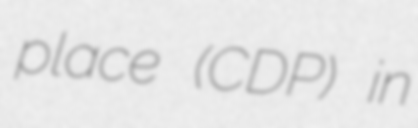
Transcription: place (CDP) in